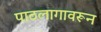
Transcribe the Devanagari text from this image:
पाठलागावरून